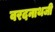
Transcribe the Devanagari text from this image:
वरदनाथजी